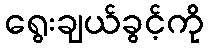
ရွေးချယ်ခွင့်ကို